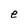
Character: e